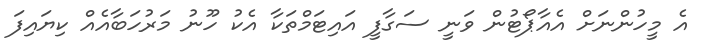
އެ މީހުންނަށް އެއާޕޯޓުން ވަނީ ސަގާފީ އައިޓަމްތަކާ އެކު ހޫނު މަރުހަބާއެއް ކިޔައިފަ